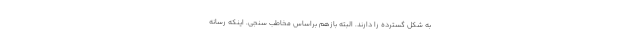
به شکل گسترده را دارند. البته بازهم براساس مخاطب سنجی. اینکه رسانه